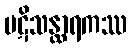
ပဋိသန္ထာရကဿ